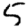
Digit: 5